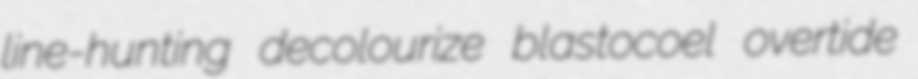
line-hunting decolourize blastocoel overtide